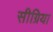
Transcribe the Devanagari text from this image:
सीग्रिया